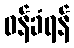
ဝန်ခံရန်